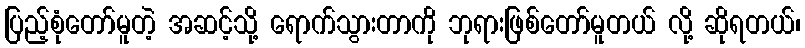
ပြည့်စုံတော်မူတဲ့ အဆင့်သို့ ရောက်သွားတာကို ဘုရားဖြစ်တော်မူတယ် လို့ ဆိုရတယ်၊